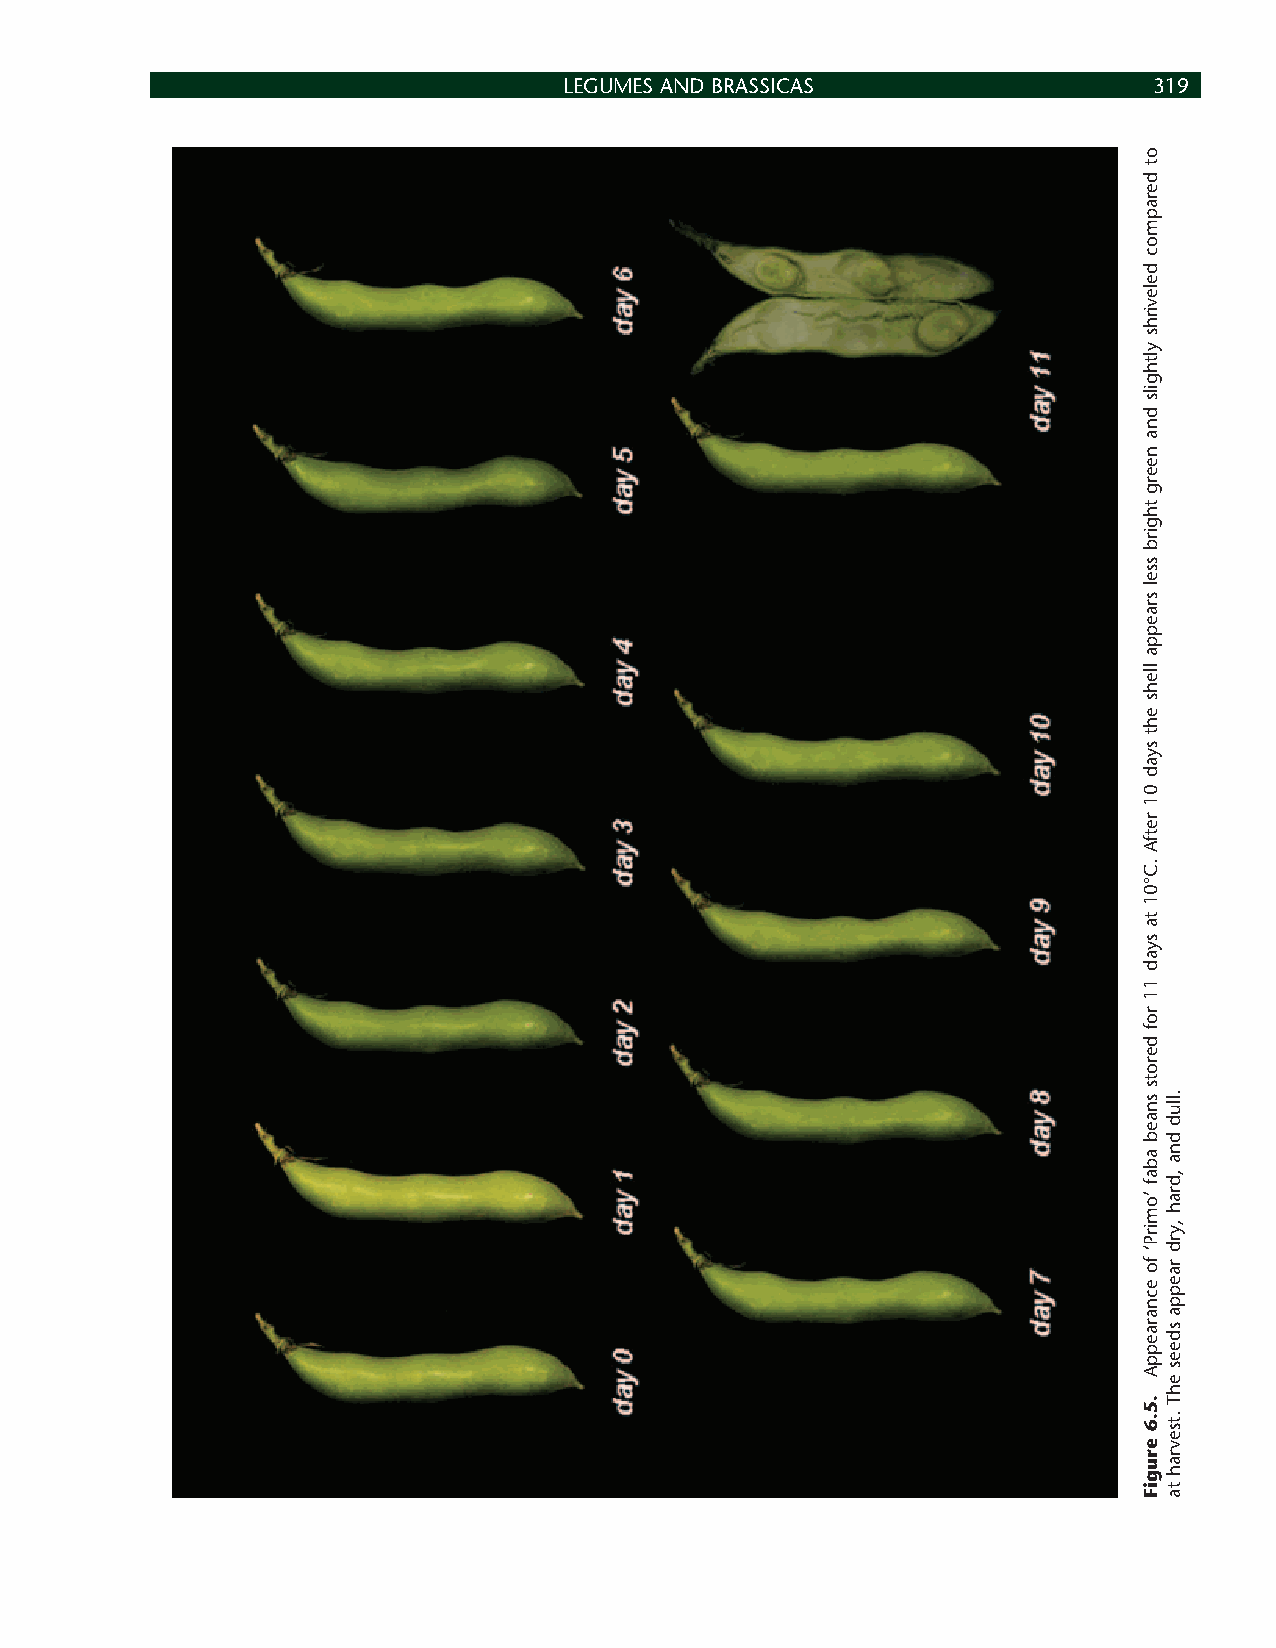
LEGUMES AND BRASSICAS                  319
 ot
 derapmoc
 delevirhs
 ylthgils
 dna
 neerg
 thgirb
 ssel
 sraeppa
 llehs
 eht
 syad
 01
 retfA
 .C°01
 ta
 syad
 11
 rof
 derots
 snaeb
 abaf
 ’omirP‘
 fo
 ecnaraeppA
 .5.6
 erugiF
 .llud
 dna
 ,drah
 ,yrd
 raeppa
 sdees
 ehT
 .tsevrah
 ta